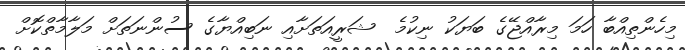
މިހެންތިއްބާ ހަމަ މިރާއްޖޭގެ ބަޔަކު ނިކުމެ  ޝަރީއަތަށާއި ނަބިއްޔާގެ ސުންނަތަށް މަލާމާތްކޮށް